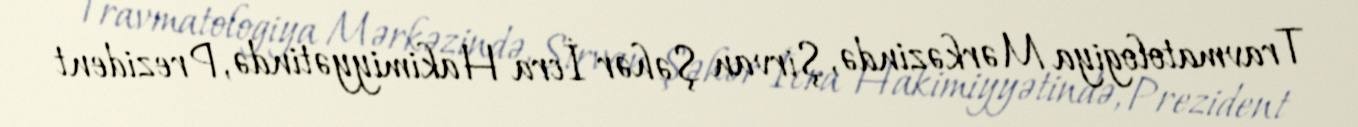
Travmatologiya Mərkəzində, Şirvan Şəhər İcra Hakimiyyətində, Prezident